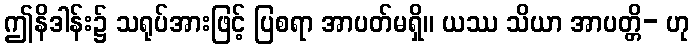
ဤနိဒါန်း၌ သရုပ်အားဖြင့် ပြစရာ အာပတ်မရှိ။ ယဿ သိယာ အာပတ္တိ- ဟု